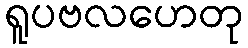
ရူပဗလဟေတု